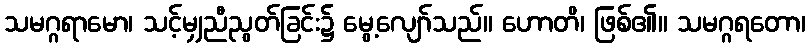
သမဂ္ဂရာမော၊ သင့်မျှညီညွတ်ခြင်း၌ မွေ့လျော်သည်။ ဟောတိ၊ ဖြစ်၏။ သမဂ္ဂရတော၊